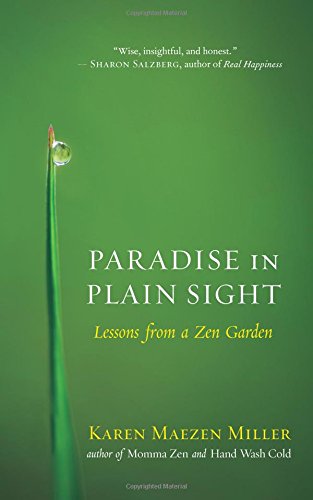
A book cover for Paradise in Plain Sight: Lessons from a Zen Garden; Karen Maezen Miller; Crafts, Hobbies & Home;